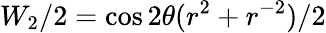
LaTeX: W_{2}/2=\cos 2\theta(r^{2}+r^{-2})/2